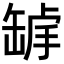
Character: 𦈾